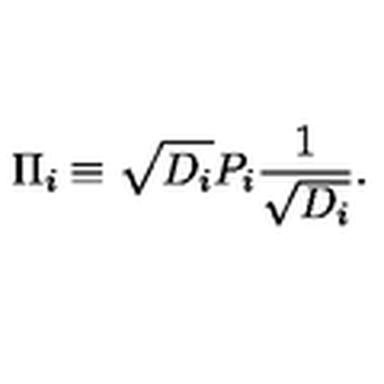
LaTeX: \Pi \sb i \equiv \sqrt { D \sb i } P \sb i { \frac { 1 } { \sqrt { D \sb i } } } .